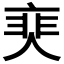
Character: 𩇰